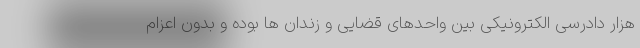
هزار دادرسی الکترونیکی بین واحدهای قضایی و زندان ها بوده و بدون اعزام